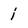
Character: i